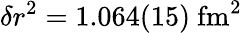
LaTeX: \delta r^{2}=1.064(15)\ \mathrm{fm^{2}}